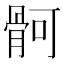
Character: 䯊